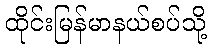
ထိုင်းမြန်မာနယ်စပ်သို့